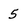
Character: 5